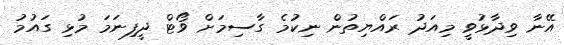
އޭނާ ވިދާޅުވީ މިއަދު ރައްޔިތުން ނިކުމެ ގާސިމަށް ވޯޓް ދީފިނަމަ މުޅި ގައުމު